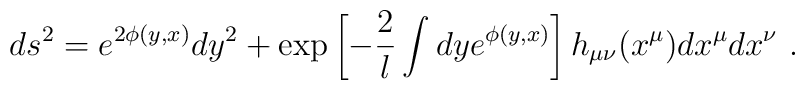
ds^2 = e^{2\phi (y,x) } dy^2  +          	\exp\left[-{2\over l} \int dy e^{\phi (y,x)}\right]            	h_{\mu\nu}(x^\mu ) dx^\mu dx^\nu  \ .